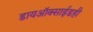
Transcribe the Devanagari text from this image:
डायऑक्साईडही